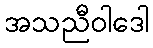
အသညီဝါဒေါ